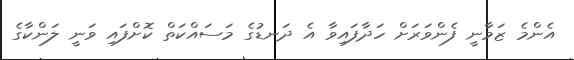
އެންމެ ޒަމާނީ ފެންވަރަށް ހަދާފައިވާ އެ ދަނޑުގެ މަސައްކަތް ކޮށްފައި ވަނީ ލަންކާގެ